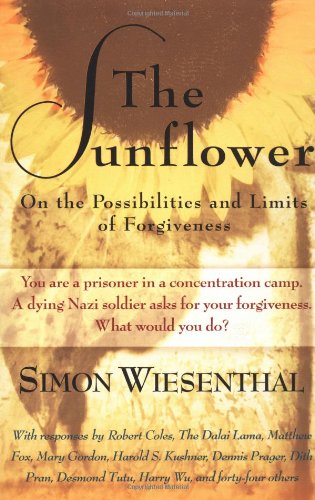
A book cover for The Sunflower: On the Possibilities and Limits of Forgiveness (Newly Expanded Paperback Edition); Simon Wiesenthal; History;